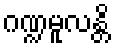
ဂဏ္ဍမူလန္တိ